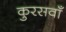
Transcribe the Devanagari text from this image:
कुरसवाँ